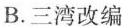
B.三湾改编